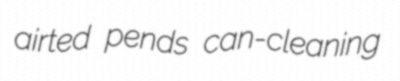
airted pends can-cleaning